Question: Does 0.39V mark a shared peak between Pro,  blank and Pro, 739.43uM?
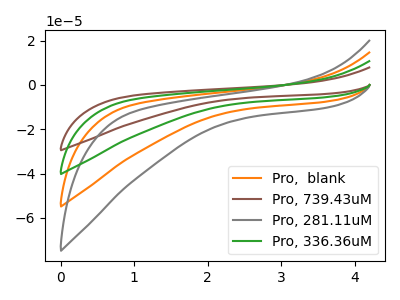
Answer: <think>The orange curve "Pro,  blank" has no peaks. The brown curve "Pro, 739.43uM" has no peaks. The gray curve "Pro, 281.11uM" has no peaks. The green curve "Pro, 336.36uM" has no peaks.</think>
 <answer>No, "Pro,  blank" and "Pro, 739.43uM" dont share a peak at 0.39V.</answer>
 <eval>mismatch</eval>